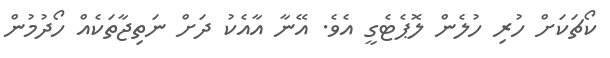
ކޯޗަކަށް ހުރި ހުލެން ލޮޕެޓެގީ އެވެ. އޭނާ އާއެކު ދަށް ނަތިޖާތަކެއް ހޯދުމުން